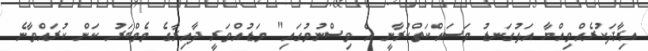
އިރާދަކުރެއްވިއްޔާ އަޅުގަނޑު މަސައްކަތްކުރާނީ އެ ވިސްނުމުގައި" މަޑުއްވަރީ ދާއިރާގެ މެމްބަރު ކަން ކުރައްވާނެ